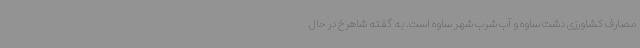
مصارف کشاورزی دشت ساوه و آب شرب شهر ساوه است. به گفته شاهرخ در حال